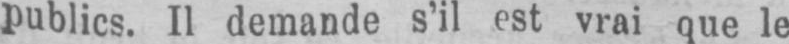
publics. Il demande s’il est vrai que le